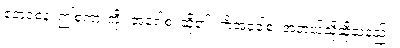
ဧတံဝစနံ၊ ဤစကားကို။ အဝေါစ၊ ဆို၏။ ကိံအဝေါစ၊ အဘယ်သို့ဆိုသနည်း။